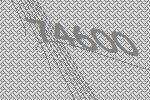
74600